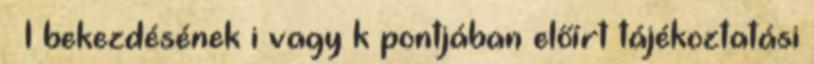
§ 1 bekezdésének i vagy k pontjában előírt tájékoztatási